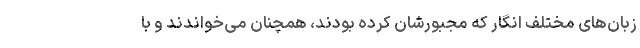
زبان‌های مختلف انگار که مجبورشان کرده بودند، همچنان می‌خواندند و با